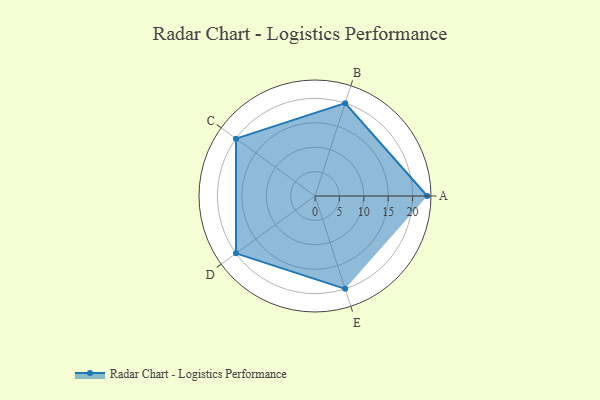
{"axis": {"x": "Skill", "y": "Score"}, "legend": ["Profile"], "data": [{"x": "A", "y": 23.0, "type": "Profile"}, {"x": "B", "y": 20, "type": "Profile"}, {"x": "C", "y": 20, "type": "Profile"}, {"x": "D", "y": 20, "type": "Profile"}, {"x": "E", "y": 20, "type": "Profile"}]}